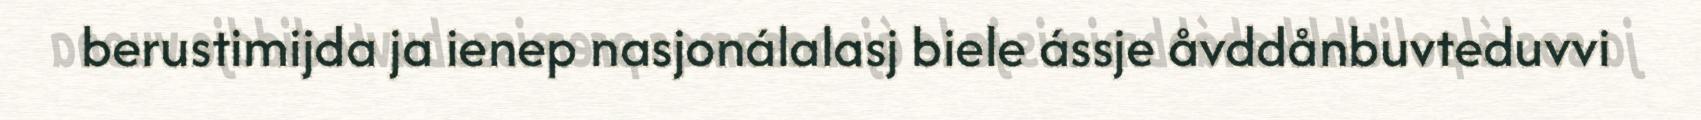
berustimijda ja ienep nasjonálalasj biele ássje åvddånbuvteduvvi